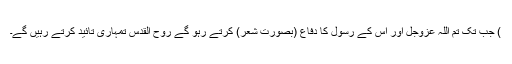
) جب تک تم اللہ عزوجل اور اس کے رسول کا دفاع (بصورتِ شعر) کرتے رہو گے روح القدس تمہاری تائید کرتے رہیں گے۔